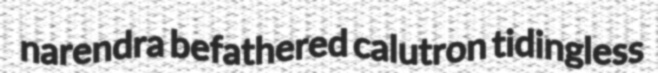
narendra befathered calutron tidingless